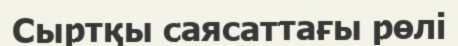
Сыртқы саясаттағы рөлі